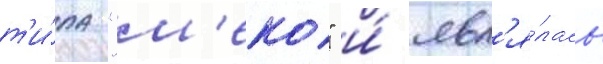
т'и́па "м'еко" и́ явл'я́лась